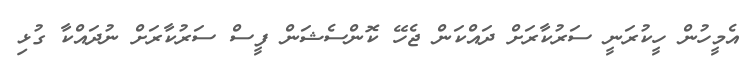
އެމީހުން ހީކުރަނީ ސަރުކާރަށް ދައްކަން ޖެހޭ ކޮންސެޝަން ފީސް ސަރުކާރަށް ނުދައްކާ ގުޅި